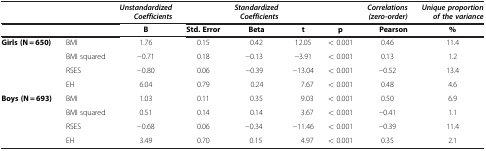
|  |  | Unstandardized Coefficients |  | Standardized Coefficients |  |  | Correlations (zero-order) | Unique proportion of the variance |
 | --- | --- | --- | --- | --- | --- | --- | --- | --- |
 |  |  | B | Std. Error | Beta | t | p | Pearson | % |
 | Girls (N = 650) | BMI | 1.76 | 0.15 | 0.42 | 12.05 | < 0.001 | 0.46 | 11.4 |
 |  | BMI squared | −0.71 | 0.18 | −0.13 | −3.91 | < 0.001 | 0.13 | 1.2 |
 |  | RSES | −0.80 | 0.06 | −0.39 | −13.04 | < 0.001 | −0.52 | 13.4 |
 |  | EH | 6.04 | 0.79 | 0.24 | 7.67 | < 0.001 | 0.48 | 4.6 |
 | Boys (N = 693) | BMI | 1.03 | 0.11 | 0.35 | 9.03 | < 0.001 | 0.50 | 6.9 |
 |  | BMI squared | 0.51 | 0.14 | 0.14 | 3.67 | < 0.001 | −0.41 | 1.1 |
 |  | RSES | −0.68 | 0.06 | −0.34 | −11.46 | < 0.001 | −0.39 | 11.4 |
 |  | EH | 3.49 | 0.70 | 0.15 | 4.97 | < 0.001 | 0.35 | 2.1 |